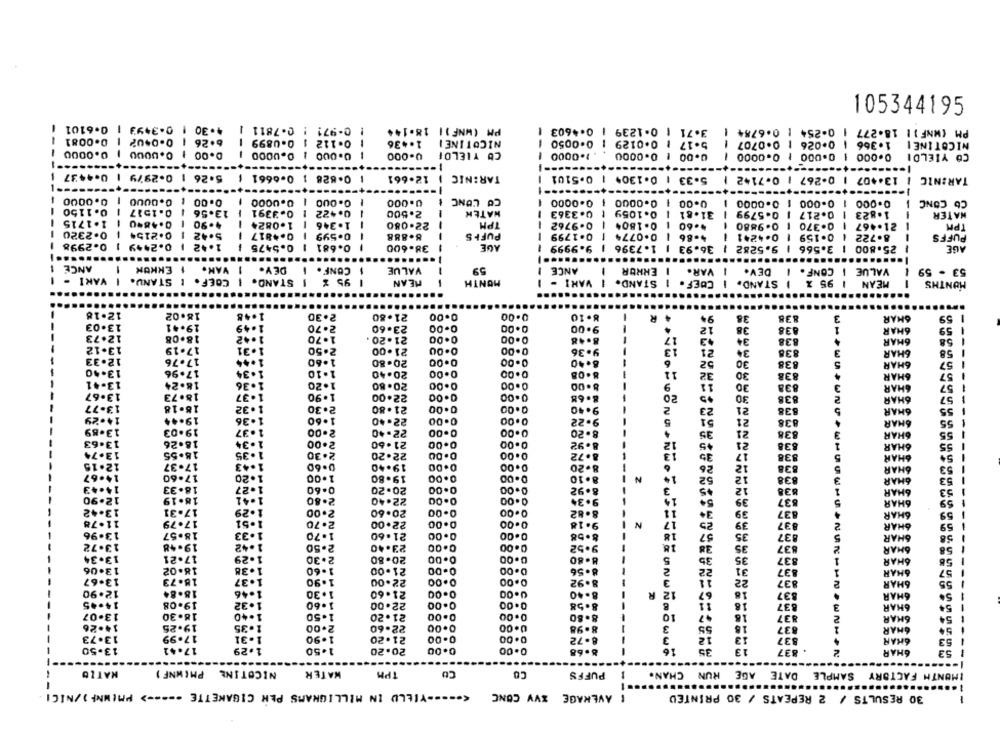
4.30
105344195
0-3493 1 0-6101
! 0-971 : 0-7811 1
PM (WNF )| 18-144
0.4603
3.71 1 0-1239 |
PM (MNF): 18-277 1 0-254 | 0.6784 |
0.0081
0-0402
-
6.26
1 0.112 1 0.0899
1.436
NICOTINEI
1 0.0050
5.17 1 0.0129
1
1 0.026 | 0.0707
1.366
NICOTINE!
0.0000
0.00
0.0000
0.000
1
0.000
CU YIELOI
1.0000
0.00 1 0.0000
0.000 1 0.000 1 0.0000
CO YIELDI
---
-
---
0-4437
0.2979
5.26
0.828 1 0-6661 1
12.661
TAR:NIC
0.5101
0.1304
13.407 1 0-267 1 0.7142 1
5.33 1
TARINIC
-
1 0.0000
0.0000
0.0000
CO L'ONC
0.00
0.000
0.000
0.0000
0.0000
0.00 1
0.0000
0.000 1 0-000 1
Cb CONC
0.1150
0.1517
13.56
0.3391
0.422
2.500
HATEN
0.3363
0.1059
31.81
0.5799
0.217
1.823
WATER
1.1715
--
0.4840
4.90
1.0824
1.346
22.080
TPH
0-9762
0 -1804
.. 60
0-9880
0.370
21.467
--
TPA
0.2320
0.2154
5.42
0.4817
0.599
8.888
--
PUFFS
---
0.1799
0.0774
4.86
0.4241
0.159
8.722
PUFFS
-
0-2998
0.2449
1.42
0.5475
0.681
38-600
AGE
9.9999
1.7396
36.93
9.5282
-
3.566
25.800
--
AGE
-
-
.....
ANCE
1 ENKON
I VAR.
DEY.
CONF .
VALUE
59
ANCE
1
I ERROR
VAR.
1
DEV.
CONF .
VALUE
53 - 59
I VARI -
COEF. I STANU.
I STAND.
1 95 %
-
VANI -
-
-
--
MEAN
MONTH
1
I STAND.
COEF .
1
I STAND.
1 95 %
MEAN
1
MONTHS
12.18
18.02
1.48
2.30
21.80
0.00
0.00
8.10
94
38
838
3
SHAR
59
13.03
19.41
1.49
2.70
23.60
0.00
0.00
9.00
12
38
838
1
6HAR
59
12.73
18.08
1.42
1.70
21.20 .
0.00
0.00
17
34
8.48
838
6HAR
58
13.12
17.19
1.31
2.50
21.00
0.00
13
21
34
838
3
6HAR
58
-
12.33
17.76
1.44
1.60
0.00
0.00
30
-
20.80
5.40
6
52
838
5
6HAR
57
13.40
17.96
1.34
1-10
20.40
0.00
0.00
11
32
30
838
4
57
30
6HAR
13-41
18.24
1.36
1.20
20.80
0.DO
0.00
8 .00
9
11
838
3
6HAR
57
13.67
18.73
1.37
1.90
22.00
0.00
0.00
8.68
20
30
38
2
57
6HAR
13-77
18-18
1.32
21.80
0.00
0.00
2
23
21
838
5
6HAR
55
14.29
19.44
1.36
22.40
0.00
0.00
51
21
838
6HAR
55
13.89
19.03
37
22.40
0.00
0.00
35
21
838
3
6HAR
34
13.63
18.26
21 .60
0.00
0.00
8.92
+5
21
838
6HAR
55
13.74
18.55
35
18889
2.30
22.20
0.00
8.72
17
838
5
CHAR
12.15
17.37
19.40
0.00
0.00
12
838
5
SHAR
53
14.67
17.60
20
19.80
0.00
0.00
N
12
838
3
6HAR
53
14.43
18.33
1.27
20.20
0.00
0.00
12
838
1
6HAR
53
12.90
41
22.40
0.00
0.00
39
837
5
59
13-42
17.31
1.29
2.00
20.60
0.00
0.00
3.
39
837
CHAR
11.78
17.79
51
22.00
0.00
0.00
39
2.70
9.18
N
837
2
HAR
59
13.96
18.57
33
1.70
21.60
0.00
0.00
8.58
57
35
837
5
SHAR
35
837
58
13.72
19.48
1.42
2.50
23.40
0.00
0.00
9.52
18.
2
SHAR
13.34
17.21
29
2.30
20.80
0.00
0.00
8.80
5
35
35
2
837
1
SHAR
13.06
18.02
1.38
1.60
21.00
0.00
0.00
8.56
22
31
837
1
SHAR
57
13-67
18.73
1.37
1.90
22.00
0.00
0.00
8.92
11
22
837
2
SHAR
12.90
18.84
1.46
1.30
21.60
0.00
0.00
8-40
R
12
67
16
837
CHAR
54
14.45
19-08
1.32
1.60
22.00
0.00
0.00
8.58
11
18
837
3
SHAR
54
-----
13-07
18.30
1.40
1.50
21.20
0.00
0.00
8.80
10
18
837
2
SHAR
54
14.26
19.25
35
22.60
0.00
0.00
8.98
3
12
18
837
2
6MAR
13.73
17.99
1-31
21.20
0-00
0.00
8.72
837
CHAN
13
53
13-50
17.41
1.29
1.50
20.20
0.00
0.00
8.68
16
35
837
2
CHAR
53
-
NATIO
NICOTINE PMINNF )
WATER
TPM
CO
CO
PUFFS
AGE RUN CHAN.
SAMPLE DATE
IMUNTH FACTORY
-
......
<====- YIELD IN MILLIGRAMS PEN CIGARETTE ----- > PMIMNF )/NICI
--
I AVERAGE XVV CONC
30 RESULTS / 2 REPEATS / 30 PRINTED